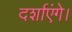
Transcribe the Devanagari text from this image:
दर्शाएंगे।